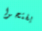
يفتحوا